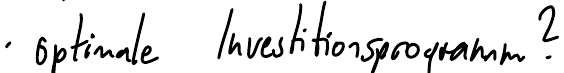
optimale Investitionsprogramm?